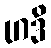
ဟဒိ